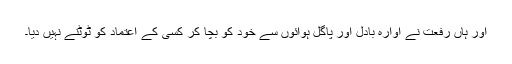
اور ہاں رفعت نے آوارہ بادل اور پاگل ہوائوں سے خود کو بچا کر کسی کے اعتماد کو ٹوٹنے نہیں دیا۔